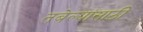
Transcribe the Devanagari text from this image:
तबेल्यांसाठी